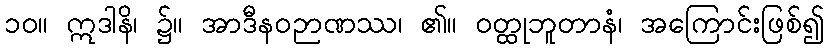
၁၀။ ဣဒါနိ၊ ၌။ အာဒီနဝဉာဏဿ၊ ၏။ ဝတ္ထုဘူတာနံ၊ အကြောင်းဖြစ်၍